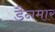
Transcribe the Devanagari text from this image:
डैनमार